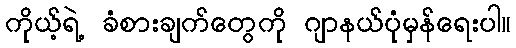
ကိုယ့်ရဲ့ ခံစားချက်တွေကို ဂျာနယ်ပုံမှန်ရေးပါ။